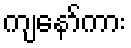
ကျနော်ကား